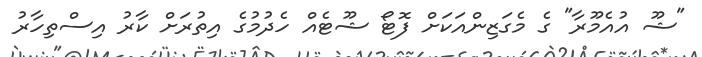
"ޝޫ އުއެމޫރާ" ގެ މެގަޒިންއަކަށް ފޮޓޯ ޝޫޓެއް ހެދުމުގެ އިތުރަށް ކާރު އިސްތިހާރު